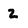
Character: 2